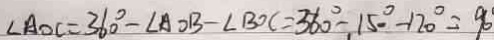
\angle A O C = 3 6 0 ^ { \circ } - \angle A O B - \angle B O C = 3 6 0 ^ { \circ } - 1 5 0 ^ { \circ } - 1 2 0 ^ { \circ } = 9 0